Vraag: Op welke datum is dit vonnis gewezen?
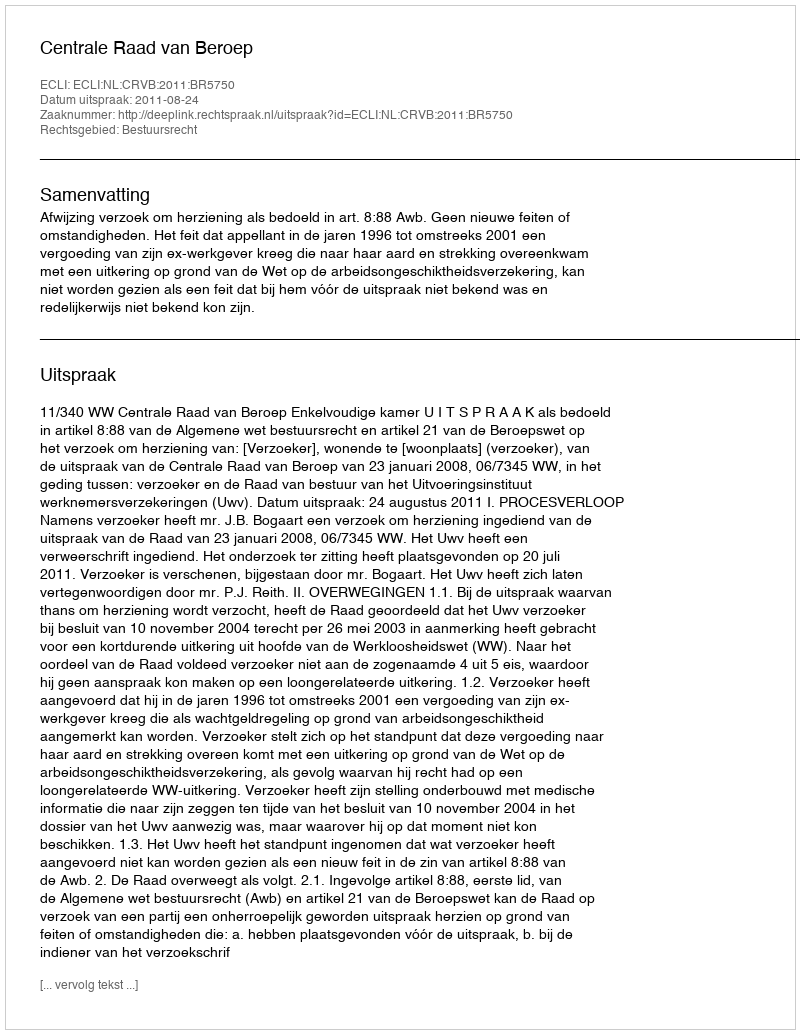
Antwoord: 2011-08-24